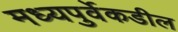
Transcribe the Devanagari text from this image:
मध्यपुर्वेकडील